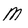
Character: M